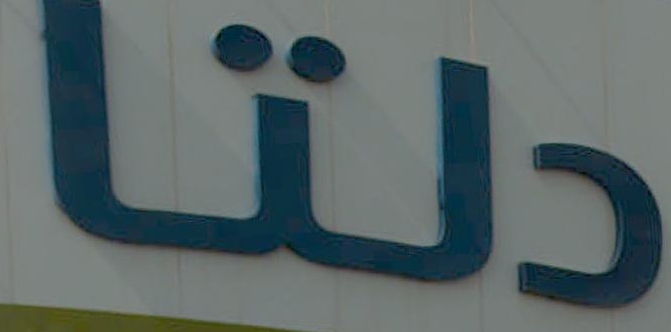
دلتا